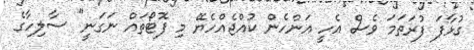
ގުޅާފަ ފުރަތަމަ ވެސް އެހީ އަންހެން ކުއްޖެއްހެޔޭ މި ފޮޓޯތައް ނަގަނީ" ސާލިހާގެ